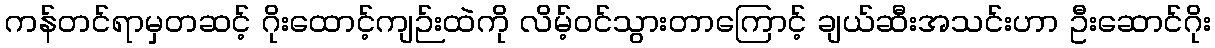
ကန်တင်ရာမှတဆင့် ဂိုးထောင့်ကျဉ်းထဲကို လိမ့်ဝင်သွားတာကြောင့် ချယ်ဆီးအသင်းဟာ ဦးဆောင်ဂိုး